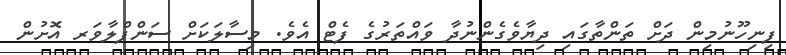
ފިނިހޫނުމިން ދަށް ތަންތާގައި ދިޔާވެގެންނުދާ ވައްތަރުގެ ފެޓް އެވެ. މިސާލަކަށް ސަންފްލާވަރ އޮށުން